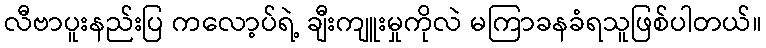
လီဗာပူးနည်းပြ ကလော့ပ်ရဲ့ ချီးကျူးမှုကိုလဲ မကြာခနခံရသူဖြစ်ပါတယ်။